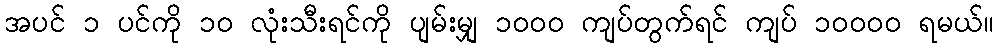
အပင် ၁ ပင်ကို ၁၀ လုံးသီးရင်ကို ပျမ်းမျှ ၁၀၀၀ ကျပ်တွက်ရင် ကျပ် ၁၀၀၀၀ ရမယ်။